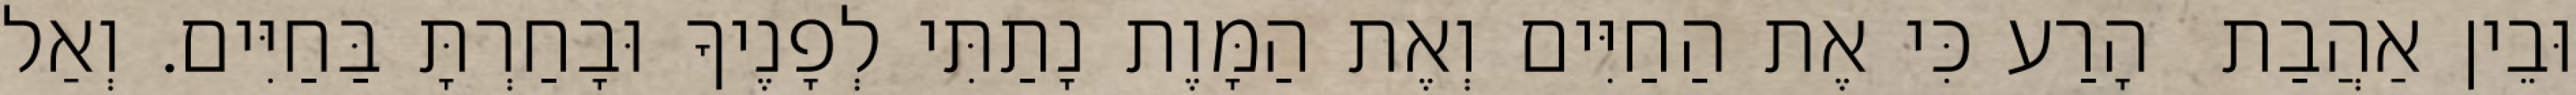
וּבֵין אַהֲבַת  הָרַע כִּי אֶת הַחַיִּים וְאֶת הַמָּוֶת נָתַתִּי לְפָנֶיךָ וּבָחַרְתָּ בַּחַיִּים. וְאַל